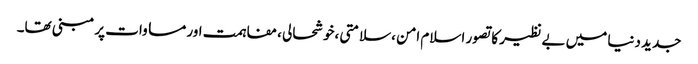
جدید دنیا میں بے نظیر کا تصور اسلام امن ،سلامتی ،خوشحالی ،مفاہمت اور مساوات پر مبنی تھا۔